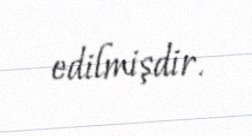
edilmişdir.